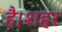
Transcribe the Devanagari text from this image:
है।शहर